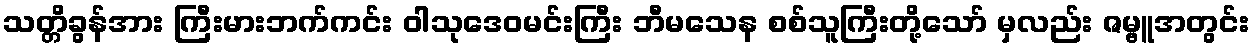
သတ္တိခွန်အား ကြီးမားဘက်ကင်း ဝါသုဒေဝမင်းကြီး ဘီမသေန စစ်သူကြီးတို့သော် မှလည်း ဇမ္ဗူအတွင်း